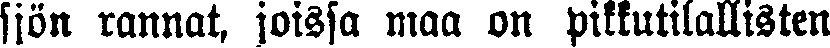
sjön rannat, joissa maa on pikkutilallisten